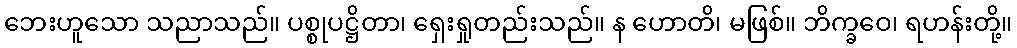
ဘေးဟူသော သညာသည်။ ပစ္စုပဋ္ဌိတာ၊ ရှေးရှုတည်းသည်။ န ဟောတိ၊ မဖြစ်။ ဘိက္ခဝေ၊ ရဟန်းတို့။